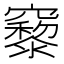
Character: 𥨹